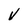
Character: V